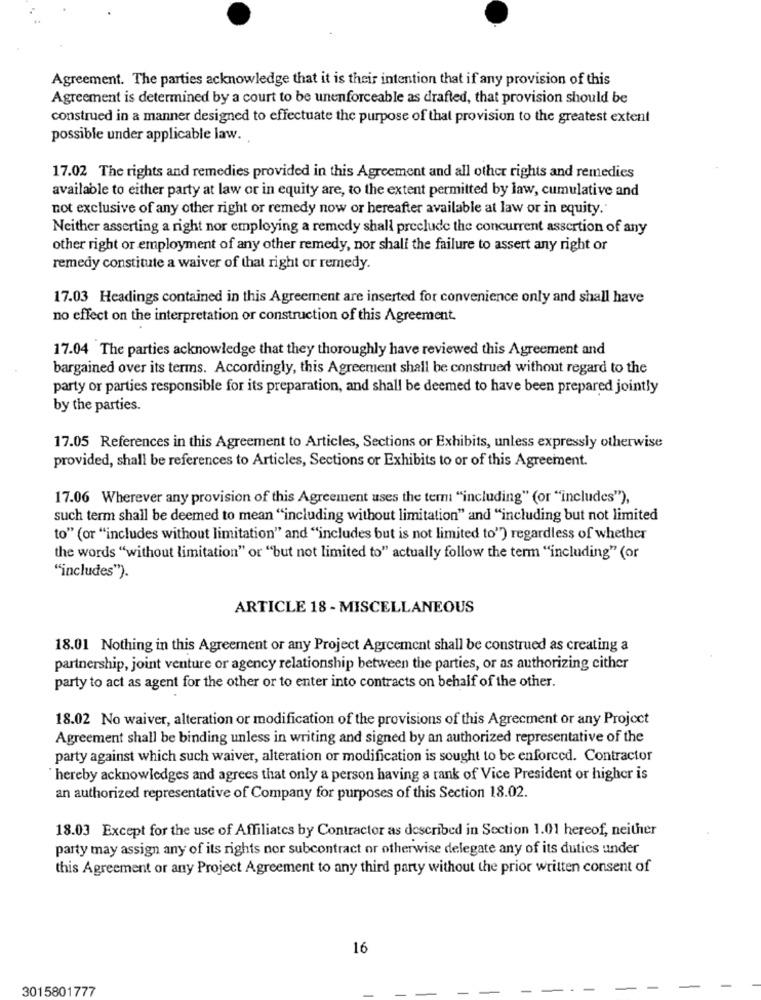
Agreement. The parties acknowledge that it is their intention that if any provision of this
Agreement is determined by a court to be unenforceable as drafted, that provision should be
construed in a manner designed to effectuate the purpose of that provision to the greatest extent
possible under applicable law.
17.02 The rights and remedies provided in this Agreement and all other rights and remedies
available to either party at law or in equity are, to the extent permitted by law, cumulative and
not exclusive of any other right or remedy now or hereafter available at law or in equity."
Neither asserting a right nor employing a remedy shall preclude the concurrent assertion of any
other right or employment of any other remedy, nor shall the failure to assert any right or
remedy constitute a waiver of that right or remedy.
17.03 Headings contained in this Agreement are inserted for convenience only and shall have
no effect on the interpretation or construction of this Agreement.
17.04 The parties acknowledge that they thoroughly have reviewed this Agreement and
bargained over its terms. Accordingly, this Agreement shall be construed without regard to the
party or parties responsible for its preparation, and shall be deemed to have been prepared jointly
by the parties.
17.05 References in this Agreement to Articles, Sections or Exhibits, unless expressly otherwise
provided, shall be references to Articles, Sections or Exhibits to or of this Agreement.
17.06 Wherever any provision of this Agreement uses the term "including" (or "includes"),
such term shall be deemed to mean "including without limitation" and "including but not limited
to" (or "includes without limitation" and "includes but is not limited to") regardless of whether
the words "without limitation" or "but not limited to" actually follow the term "including" (or
"includes").
ARTICLE 18 - MISCELLANEOUS
18.01 Nothing in this Agreement or any Project Agreement shall be construed as creating a
partnership, joint venture or agency relationship between the parties, or as authorizing cither
party to act as agent for the other or to enter into contracts on behalf of the other.
18.02 No waiver, alteration or modification of the provisions of this Agreement or any Project
Agreement shall be binding unless in writing and signed by an authorized representative of the
party against which such waiver, alteration or modification is sought to be enforced. Contractor
hereby acknowledges and agrees that only a person having a rank of Vice President or higher is
an authorized representative of Company for purposes of this Section 18.02.
18.03 Except for the use of Affiliates by Contractor as described in Section 1.01 hereof, neither
party may assign any of its rights nor subcontract or otherwise delegate any of its dutics under
this Agreement or any Project Agreement to any third party without the prior written consent of
16
3015801777